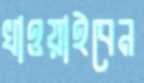
খাওয়াইবেন